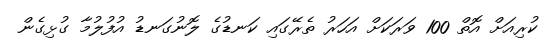
ކުރިއަށް އޮތް 100 ވަރަކަށް އަހަރު ތެރޭގައި ކަނޑުގެ ލޮނުގަނޑު އުފުލުމާ ގުޅިގެން